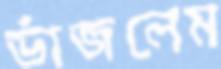
ভাঁজলেম